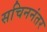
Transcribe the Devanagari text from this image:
सचिननंतर